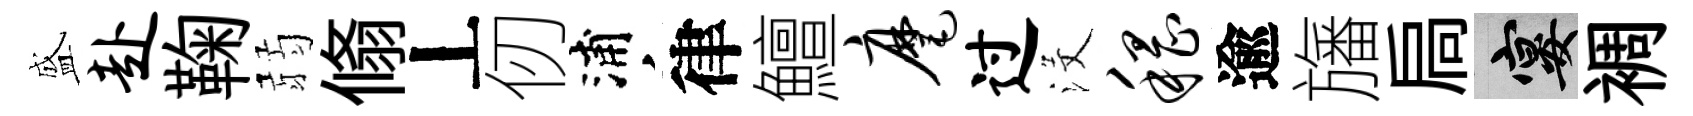
盛赴鞠弱翛丄仞浦律鱣麾过沒稽逾旛扃宴裯